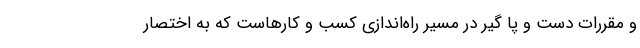
و مقررات دست و پا گیر در مسیر راه‌اندازی کسب و کارهاست که به اختصار